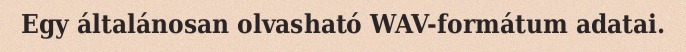
Egy általánosan olvasható WAV-formátum adatai.